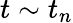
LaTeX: t\sim t_{n}